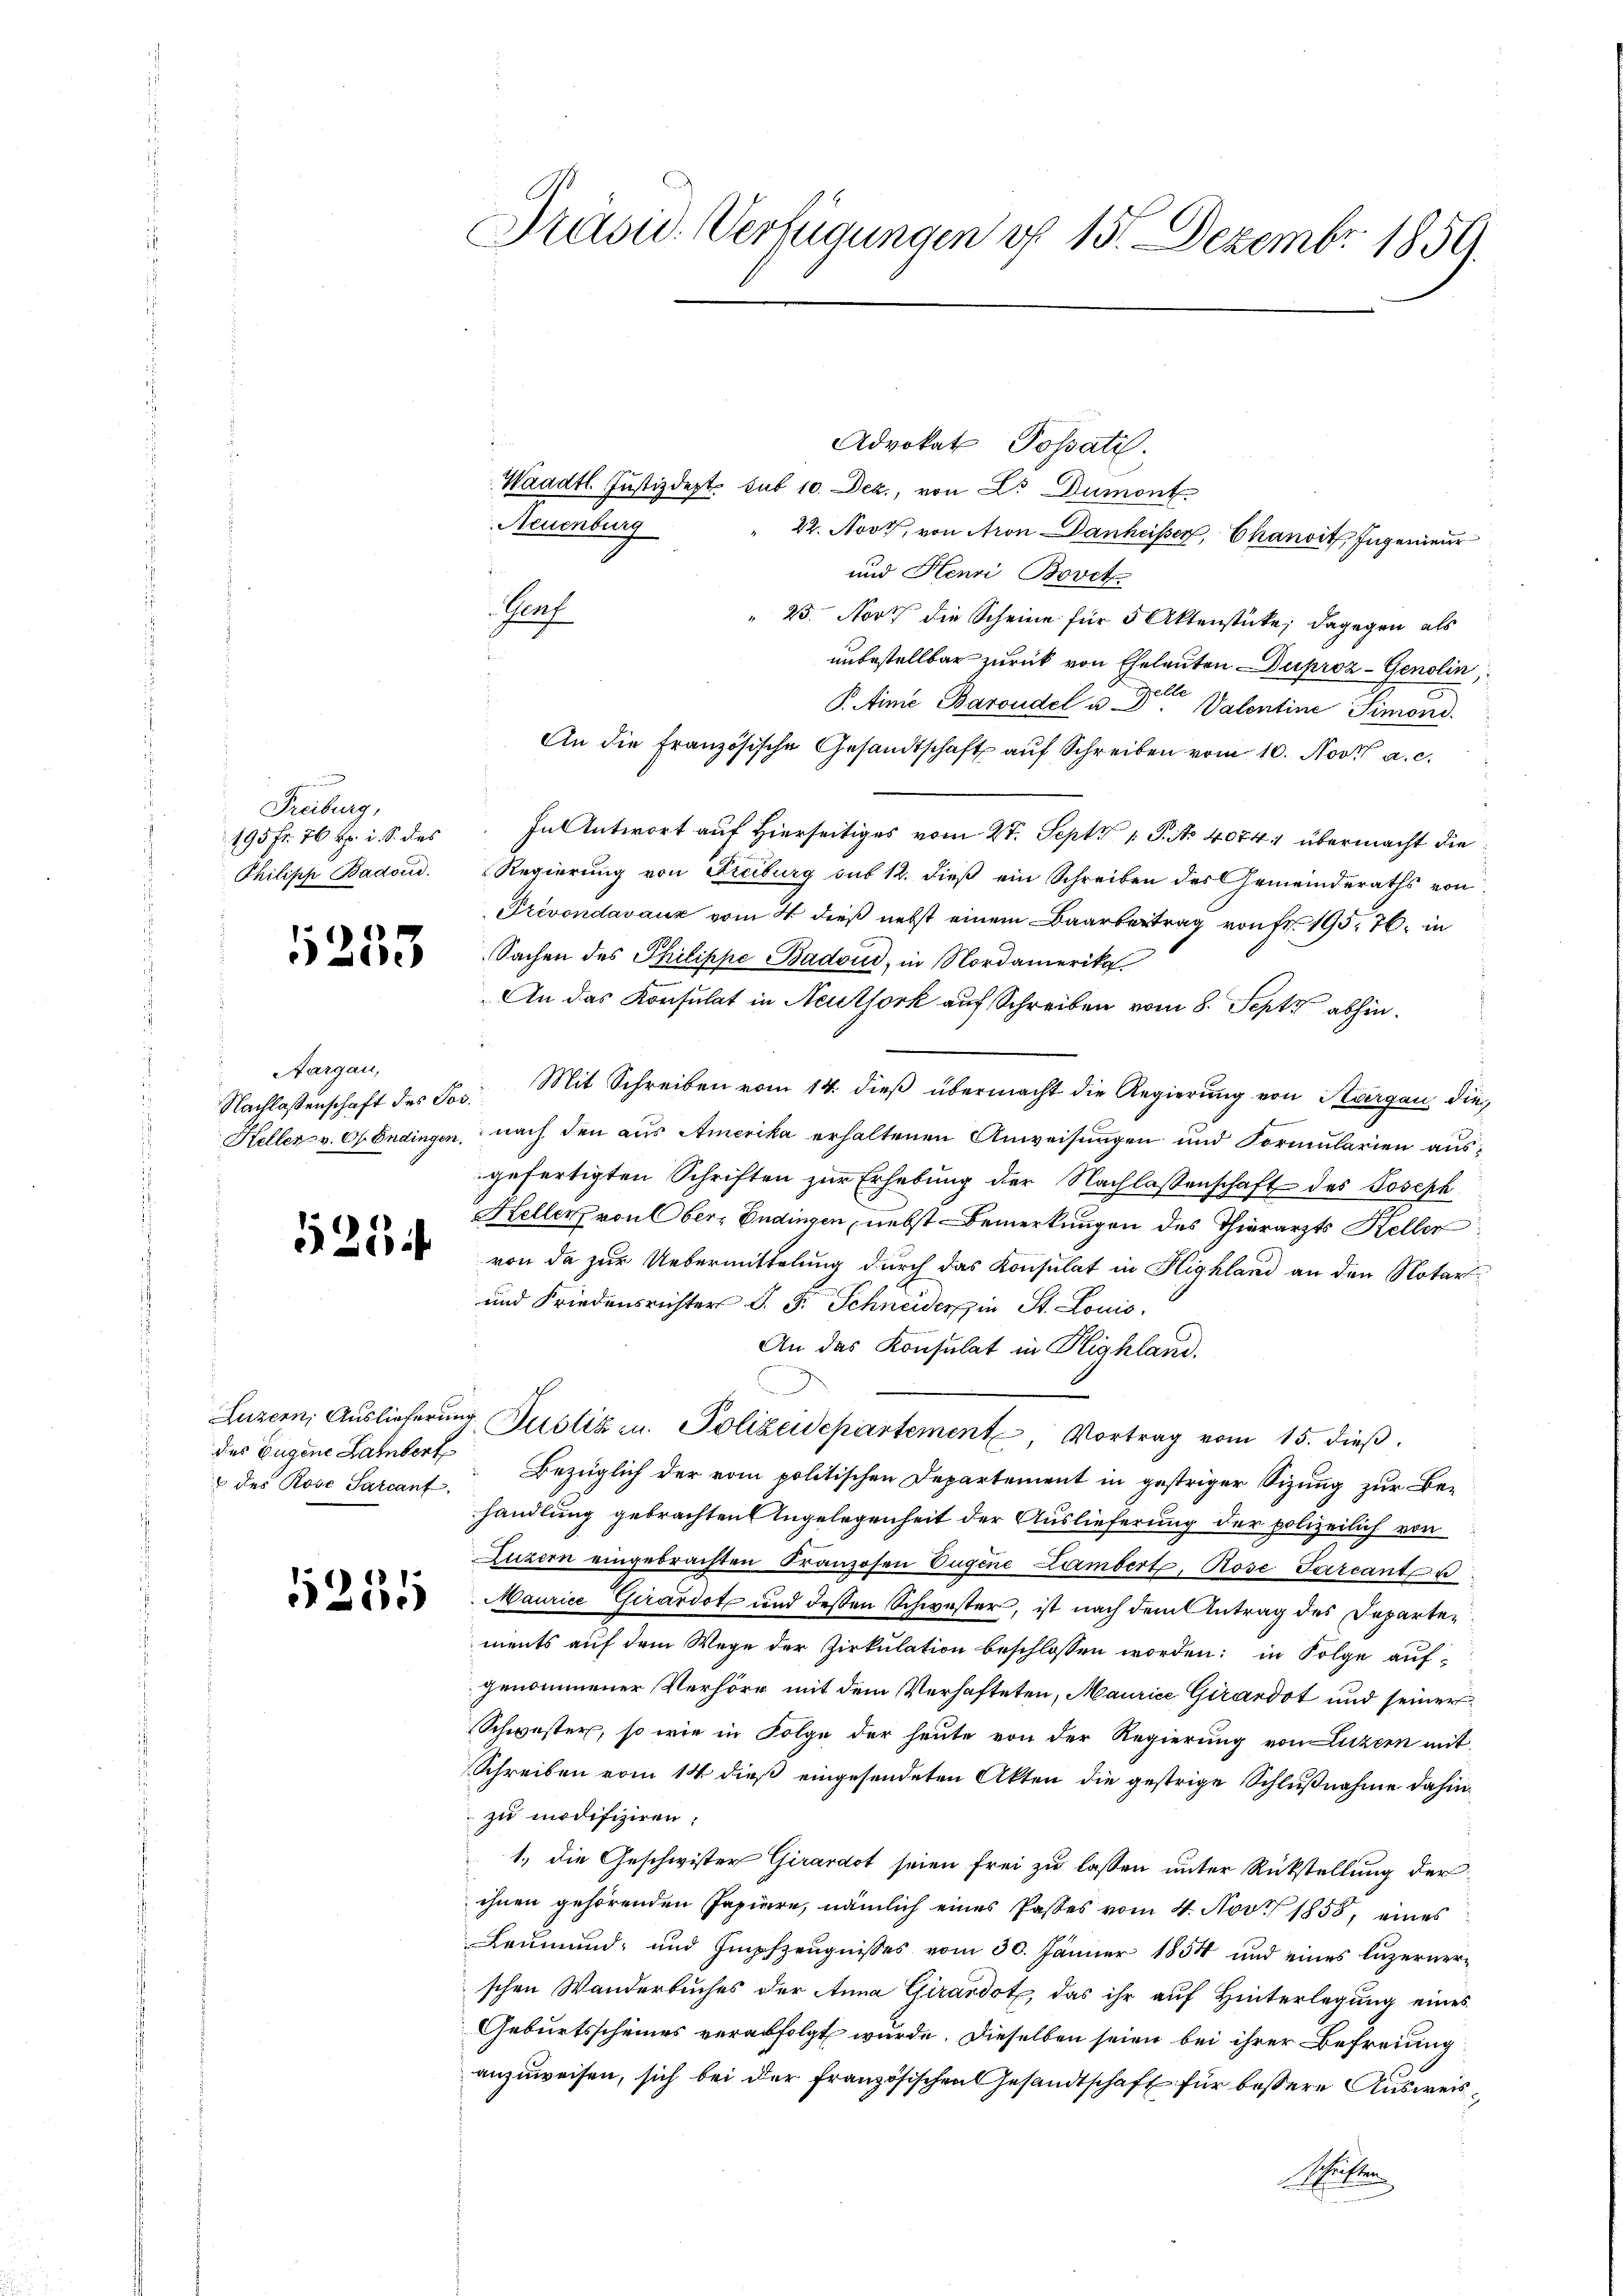
Freiburg,
195 fr. 76 kr. i. S. des
Philisch Badoud.

5233

Aargau,

12534

des Rose Sarcant

11
)

Präsid. Verfügungen d. 15. Dezembr 1859.

Advokat Possati.
Waadt. Justizdept. sub 10. Dez., von Dr. Dumont
Neuenburg
22. Nove, von Aron anheisser, Chanoit, Ingenieur
und Henri Bovet
Prach
23. Nov die Scheine für 5 Aktenstücke, dagegen als
unbestellbar zurück von Eheleuten Duproz - Genolin,
P.Aime Baroudel u. Dr. Valentine Simoni.
An die Französische Gesandtschaft auf Schreiben vom 10. Nov. a. c.
In Antwort auf Hierseitiges vom 27. Sept. 1 S. No 4074 übermacht die
Regierung von Freiburg sus 12. dieß ein Schreiben des Gemeinderaths von
Prevondavaux vom 4 dieß nebst einem Baarbertrag von Fr. 19576. in
Sachen des Philippe Badoud, in Nordamerika
An das Konsulat in Neuthork auf Schreiben vom 8. Sept. abhin¬
Nachlassenschaft des Jos. Mit Schreiben vom 14. dieß übermacht die Regierung von Thurgau, die
Heller v. O. Endingen, nach den aus Amerika erhaltenen Anweisungen und Formularien ausgefertigten Schriften zur Erhebung der Nachlassenschaft des Joseph
Heller von Ober, Endingen, nebst Bemerkungen des Thierarzts Keller
von da zur Uebermittelung durch das Konsulat in Highland an den Notar
und Friedensrichter J. F. Schneiderspin St. Louis
An das Konsulat in Highland.
Luzern, Auslieferung Justiz u. Polizeidepartement, Vortrag vom 15. dieß.
des Eugene Lamber Bezüglich der vom politischen Departement in gestriger Sizung zur Be-
handlung gebrachten Angelegenheit der Auslieferung der polizeilich von
Luzern eingebrachten Franzosen Eugene Lambert, Rose Sarcant u
Maurice Girardot und deßen Schwester, ist nach dem Antrag des Departements auf dem Wege der Zirkulation beschlossen worden; in Folge auf-
genommener Verhörr mit dem Verhafteten, Maurice Girardot und seiner
Schwester, so wie in Folge der heute von der Regierung von Luzern mit
Schreiben vom 14 dieß eingesendeten Akten die gestrige Schlußnahme dahin.
 zu modifiziren;
1., die Geschwister Girardot seien frei zu lassen unter Rückstellung derihnen gehörenden Papiere, nämlich eines Passes vom 4. Nov. 1858, eines
Leumund- und Impfzeugnisses vom 30. Jänner 1854 und eines luzernerschen Wanderbuches der Anna Girardot, das ihr auf Hinterlegung eines
Geburtsscheines verabfolgt wurde. Dieselben seien bei ihrer Befreiung
anzuweisen, sich bei der französischen Gesandtschaft für bessere Ausweisschriften